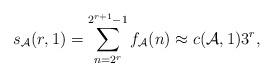
LaTeX: \begin{align*}s_\mathcal{A}(r,1)=\sum_{n=2^r}^{2^{r+1}-1}f_\mathcal{A}(n)\approx c(\mathcal{A},1)3^r,\end{align*}